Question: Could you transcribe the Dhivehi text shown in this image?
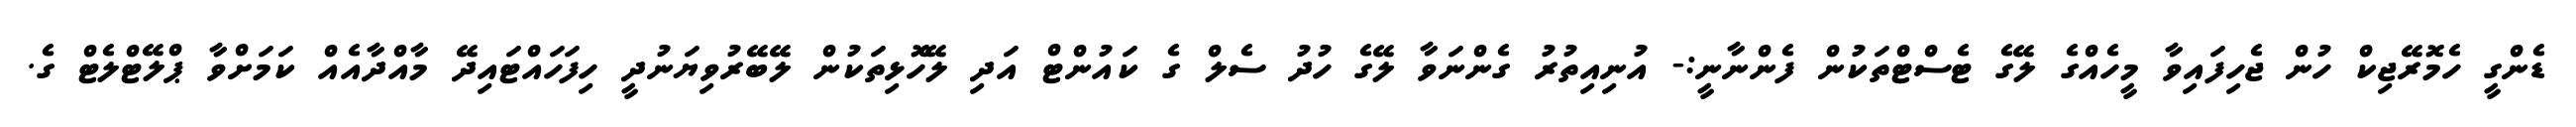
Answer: ޑެންގީ ހެމޮރޭޖިކް ހުން ޖެހިފައިވާ މީހެއްގެ ލޭގެ ޓެސްޓްތަކުން ފެންނާނީ:- އުނިއިތުރު ގެންނަވާ ލޭގެ ހުދު ސެލް ގެ ކައުންޓް އަދި ލޭހޮޅިތަކުން ލޭބޭރުވިޔަނުދީ ހިފަހައްޓައިދޭ މާއްދާއެއް ކަމަށްވާ ޕްލޭޓްލެޓް ގެ.